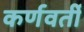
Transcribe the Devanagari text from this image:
कर्णवर्ती